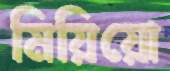
মিয়িয়ো